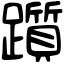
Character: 躓